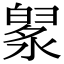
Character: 𣼙